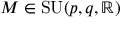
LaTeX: M \in \operatorname { S U } ( p , q , \mathbb { R } )